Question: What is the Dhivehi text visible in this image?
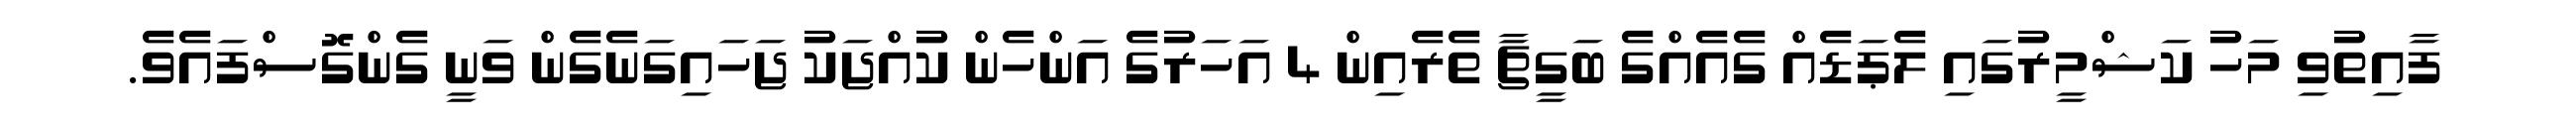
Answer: ފާއިތުވި މަހު ކަޝްމީރުގައި ލެޕަޑެއް ގެއެއްގެ ބަގީޗާ ތެރެއިން 4 އަހަރުގެ އަންހެން ކުއްޖަކު ޖަހައިގަނެގެން ވަނީ ގެންގޮސްފައެވެ.